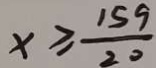
x \geq \frac { 1 5 9 } { 2 0 }